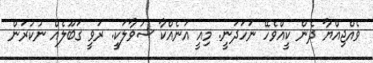
ވެއްޖިއްޔާ ދެން ކީއްވެހޭ ނަހަދަނީ. މިއީ އަނެއްކާ ސުވާލަކީ. ރަވީ ގަބޫލެއް ނުކުރަން